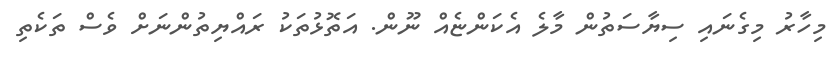
މިހާރު މިގެނައި ސިޔާސަތުން މާލެ އެކަންޏެއް ނޫން. އަތޮޅުތަކު ރައްޔިތުންނަށް ވެސް ތަކެތި